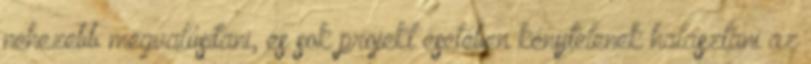
nehezebb megvalósítani, és sok projekt esetében kénytelenek halasztani az